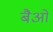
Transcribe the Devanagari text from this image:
बैओ